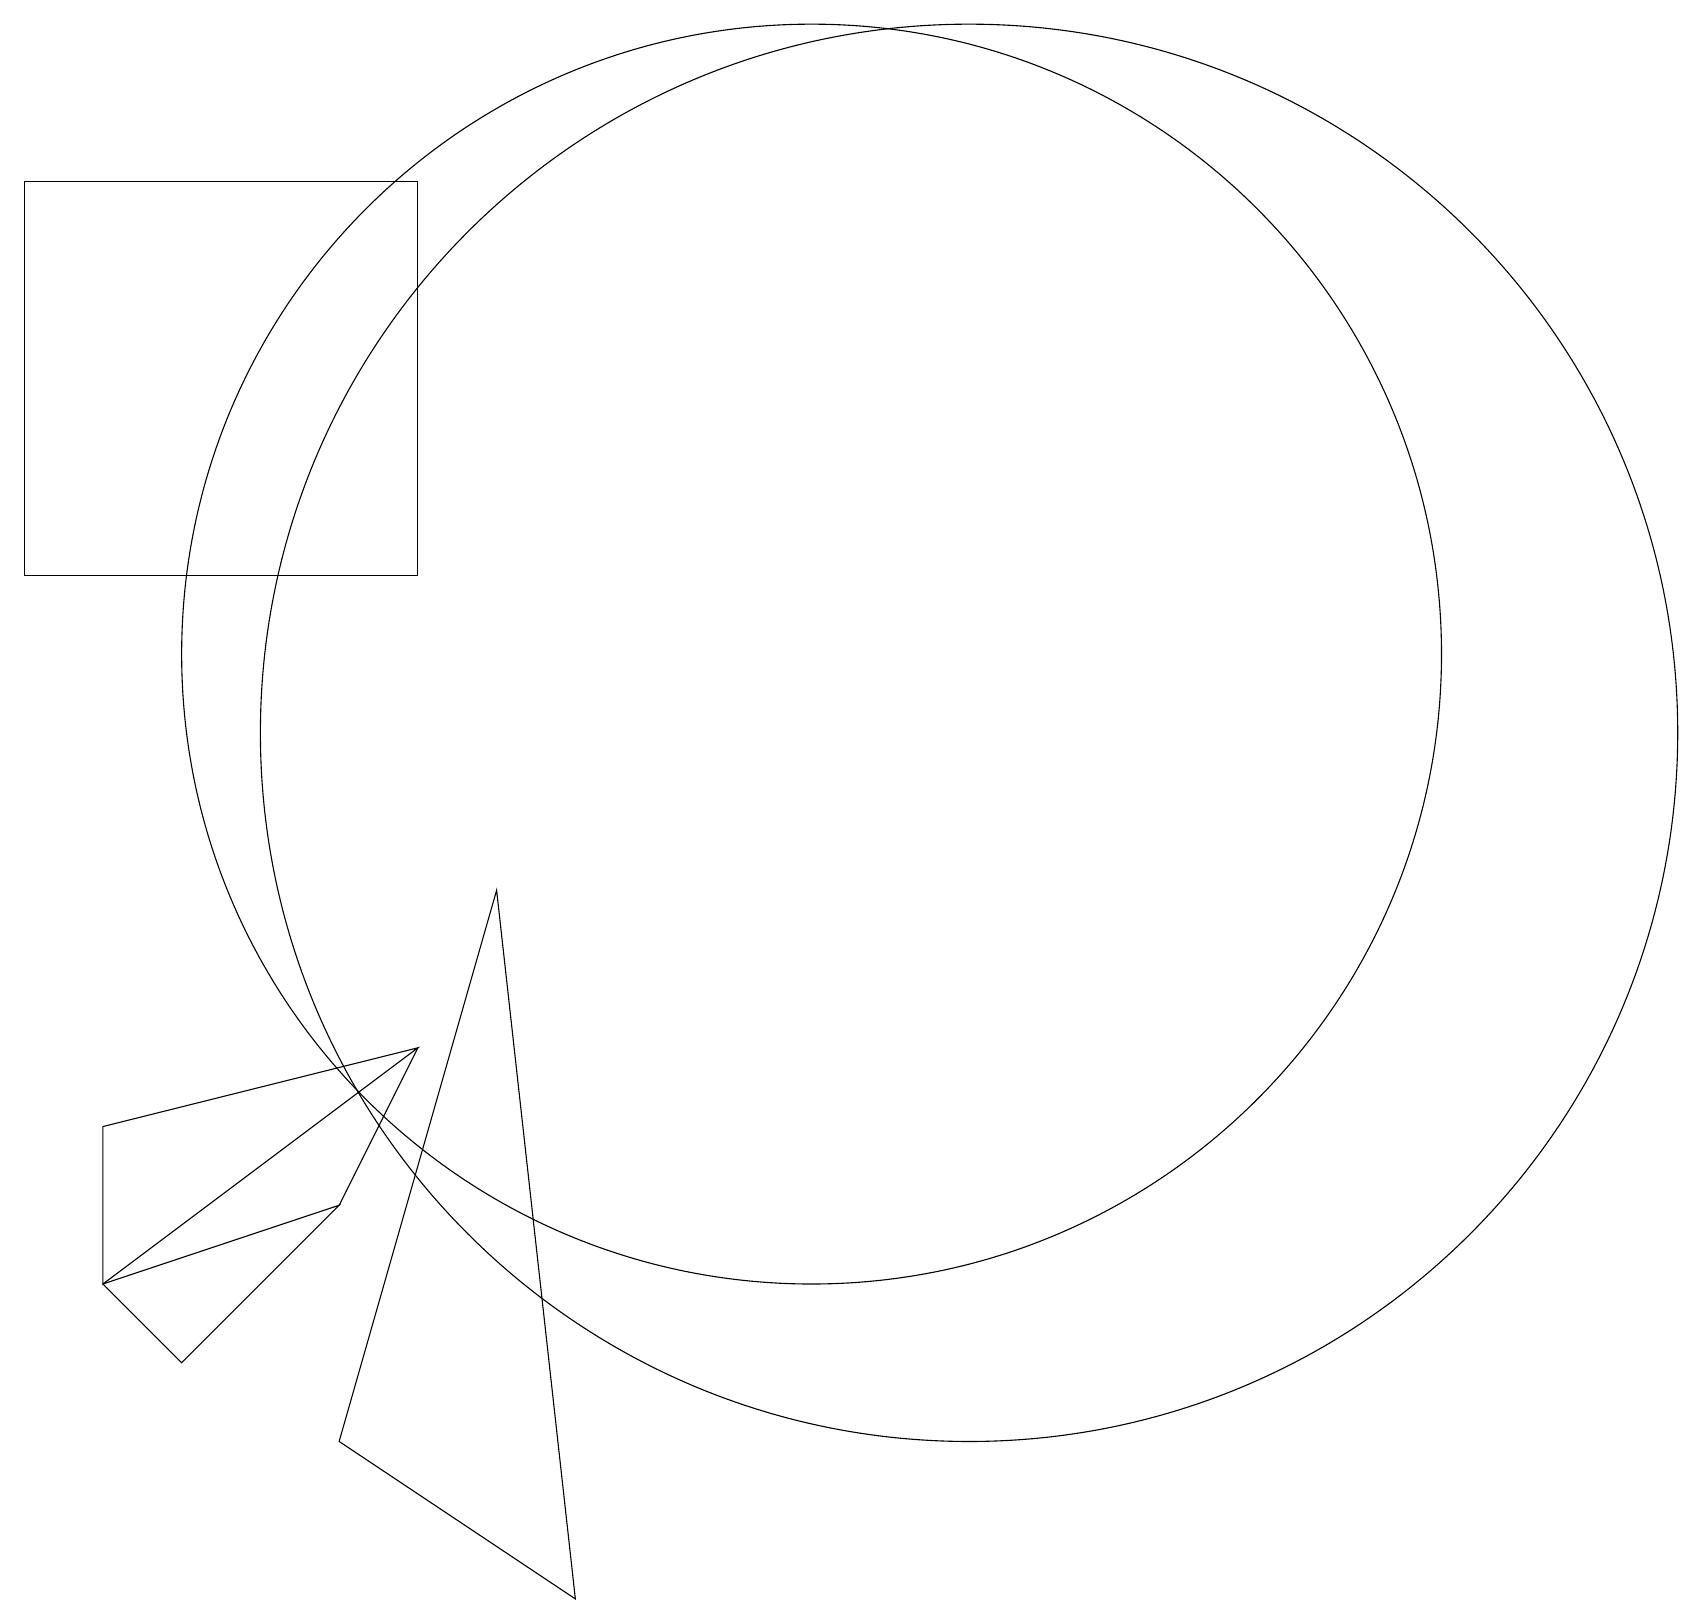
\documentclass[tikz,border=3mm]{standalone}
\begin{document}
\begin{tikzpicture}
\draw (10,12) circle (8);
\draw (12,11) circle (9);
\draw (0,13) rectangle (5,18);
\draw (4,5) -- (2,3) -- (1,4) -- cycle;
\draw (5,7) -- (5,7) -- (4,5) -- cycle;
\draw (5,7) -- (1,6) -- (1,4) -- cycle;
\draw (7,0) -- (4,2) -- (6,9) -- cycle;
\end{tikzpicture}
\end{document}